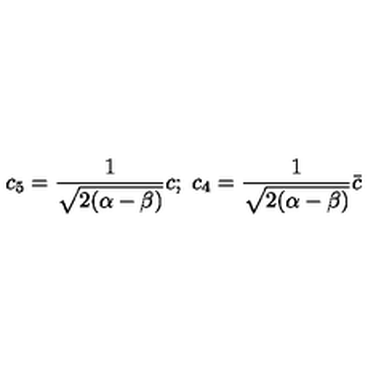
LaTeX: c _ { 5 } = \frac { 1 } { \sqrt { 2 ( \alpha - \beta ) } } c ; \ c _ { 4 } = \frac { 1 } { \sqrt { 2 ( \alpha - \beta ) } } \bar { c }